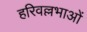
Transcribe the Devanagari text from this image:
हरिवल्लभाओं